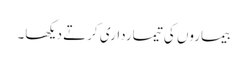
بیماروں کی تیمارداری کرتے دیکھا۔